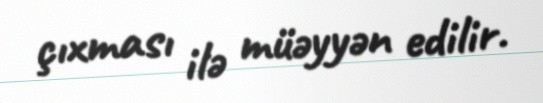
çıxması ilə müəyyən edilir.